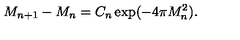
M _ { n + 1 } - M _ { n } = C _ { n } \exp ( - 4 \pi M _ { n } ^ { 2 } ) .